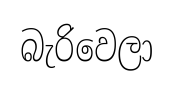
බැරිවෙලා